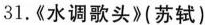
31.《水调歌头》(苏轼)